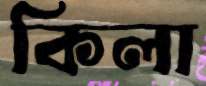
কিলা